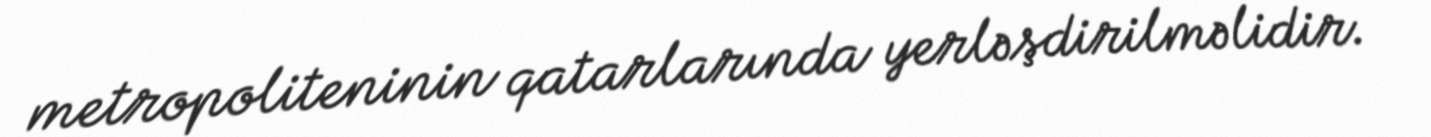
metropoliteninin qatarlarında yerləşdirilməlidir.